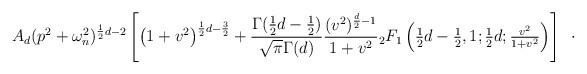
LaTeX: \begin{align*}A_{d}(p^{2}+\omega _{n}^{2})^{\frac{1}{2}d-2}\left[ \left( 1+v^{2}\right) ^{\frac{1}{2}d-\frac{3}{2}}+\frac{\Gamma (\frac{1}{2}d-\frac{1}{2})}{\sqrt{\pi}\Gamma (d)}\frac{(v^{2})^{\frac{d}{2}-1}}{1+v^{2}}{}_{2}F_{1}\left(\textstyle{{\frac{1}{2}d-\frac{1}{2},1;\frac{1}{2}d;\frac{v^{2}}{1+v^{2}}}}\right) \right] \,\ \cdot \end{align*}